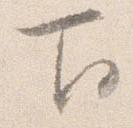
下